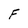
Character: F